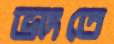
ভাংতে